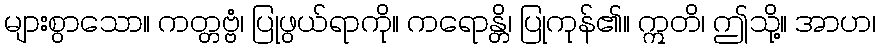
များစွာသော။ ကတ္တဗ္ဗံ၊ ပြုဖွယ်ရာကို။ ကရောန္တိ၊ ပြုကုန်၏။ ဣတိ၊ ဤသို့။ အာဟ၊